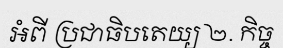
អំពី ប្រជាធិបតេយ្យ ២. កិច្ច